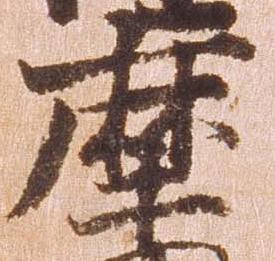
摩